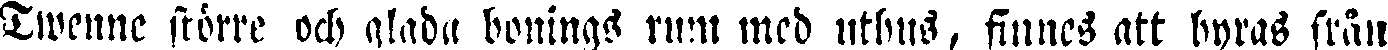
Twenne större och glada bonings rum mcd uthus, finnes att hyras från